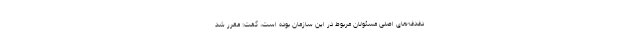
دغدغه‌های اصلی مسئولان مربوط در این سازمان بوده است، گفت: مقرر شد